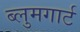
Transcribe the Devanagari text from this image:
ब्लुमगार्ट